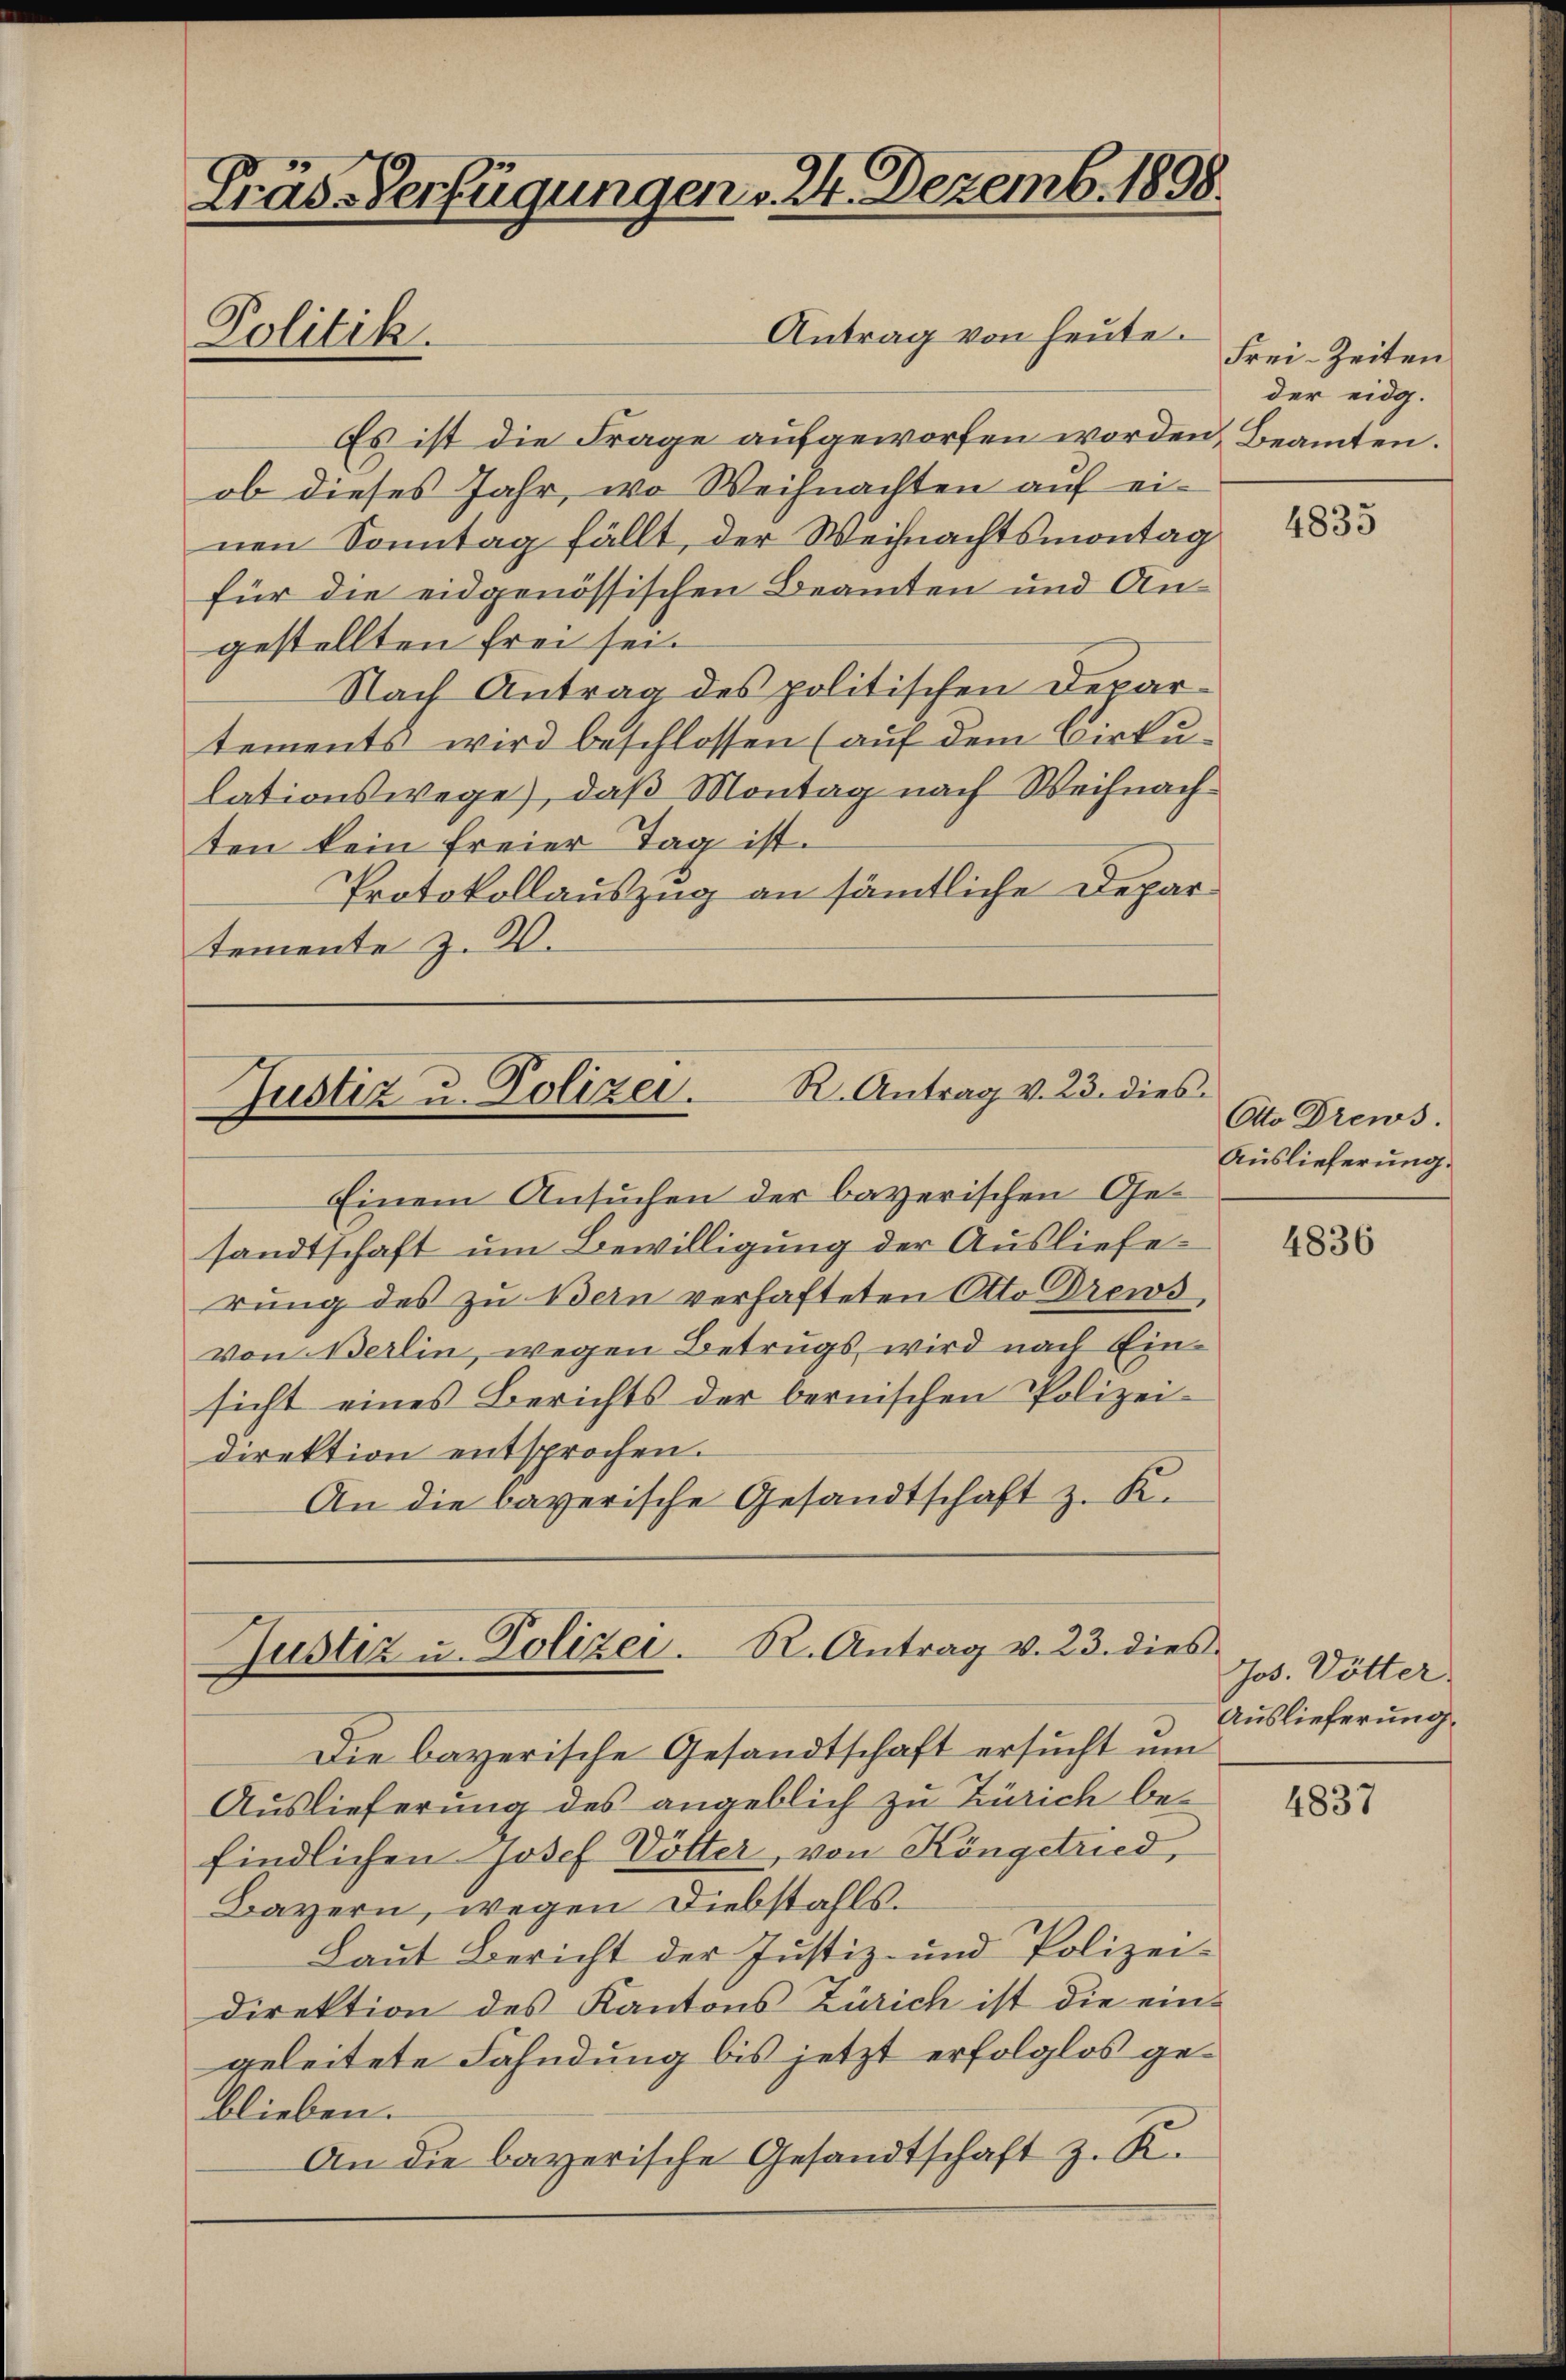
Träs-Verfügungen v. 24. Dezemb. 1898.
Antrag von heute.
Politik.

R. Antrag v. 23. dies
Justiz u. Polizei.

Einem Ansuchen der bayerischen Gesandtschaft um Bewilligung der Auslieferung des zu Bern verhafteten Otto Drews
Von Berlin, wegen Betrugs wird nach Einsicht eines Berichts der bernischen Polizei-
direktion entsprochen.
An die bayerische Gesandtschaft z. K.

Es ist die Frage aufgeworfen worden, Beamten.
ob dieses Jahr, wo Weihnachten auf einen Sonntag fällt, der Weihnachtsmontag
für die eidgenössischen Beamten und Angestellten frei sei.
Nach Antrag des politischen Departements wird beschlossen (auf dem Birkulationswege, daß Montag nach Weihnachten kein freier Tag ist.
Protokollauszug an sämtliche Departemente z. B.

Justiz u. Polizei. R. Antrag v. 23. dies

Frei-Zeiten
der eidg.

Die bayerische Gesandtschaft ersucht um
Auslieferung des angeblich zu Zürich befindlichen Josef Dötter, von Köngetried,
Bayern, wegen Diebstahls¬
Laut Bericht der Justiz- und Polizei-
direktion des Kantons Zürich ist die ein-
geleitete Fahndung bis jetzt erfolglos geblieben.
An die bayerische Gesandtschaft z. K.

4835

Otto Drews
Auslieferung.

4836

Jos. Dötter
Auslieferung

4837